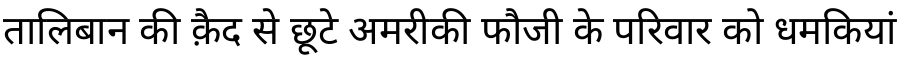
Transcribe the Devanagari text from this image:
तालिबान की क़ैद से छूटे अमरीकी फौजी के परिवार को धमकियां